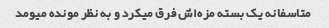
متاسفانه یک‌ بسته مزه‌اش فرق میکرد و به نظر مونده میومد